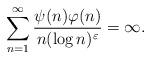
LaTeX: \begin{align*} \sum_{n=1}^\infty \frac{\psi(n) \varphi(n)}{n(\log n)^\varepsilon} = \infty.\end{align*}